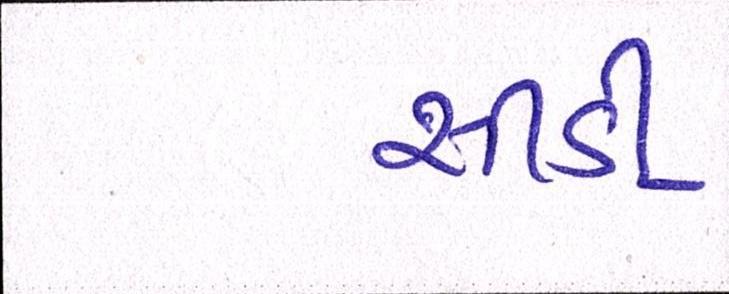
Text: સીડી